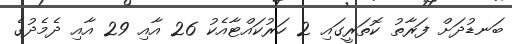
ބަނޑުދަށް ފަރާތު ކޮތަރީގައި 2 ހަރުކައްޓާއެކު 26 އާއި 29 އާއި ދެމެދުގެ